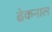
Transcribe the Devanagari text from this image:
ढेकनाल